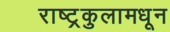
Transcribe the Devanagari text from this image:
राष्ट्रकुलामधून